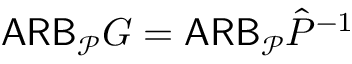
\mathsf { A R B } _ { \mathcal P } G = \mathsf { A R B } _ { \mathcal P } \hat { P } ^ { - 1 }